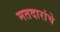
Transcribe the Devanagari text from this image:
मतदारांचे